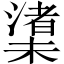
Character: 𪳼